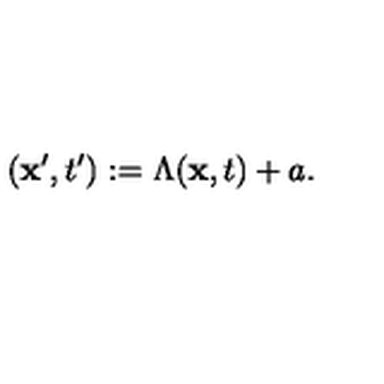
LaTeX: ( { \bf x } ^ { \prime } , t ^ { \prime } ) : = \Lambda ( { \bf x } , t ) + a .